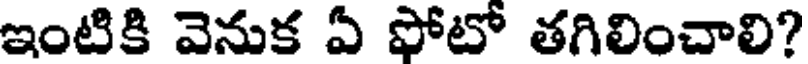
ఇంటికి వెనుక ఏ ఫోటో తగిలించాలి?